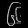
Digit: ၆